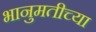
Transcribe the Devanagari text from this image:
भानुमतीच्या